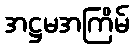
အဋ္ဌမအကြိမ်